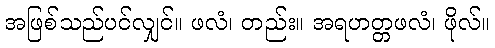
အဖြစ်သည်ပင်လျှင်။ ဖလံ၊ တည်း။ အရဟတ္တဖလံ၊ ဖိုလ်။